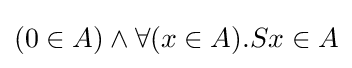
(0\in A)\land \forall (x\in A).Sx\in A